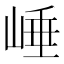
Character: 崜